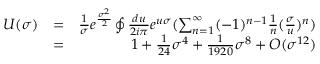
\begin{array} { r l r } { U ( \sigma ) } & { = } & { \frac { 1 } { \sigma } e ^ { \frac { \sigma ^ { 2 } } { 2 } } \oint \frac { d u } { 2 i \pi } e ^ { u \sigma } ( \sum _ { n = 1 } ^ { \infty } ( - 1 ) ^ { n - 1 } \frac { 1 } { n } ( \frac { \sigma } { u } ) ^ { n } ) } \\ & { = } & { 1 + \frac { 1 } { 2 4 } \sigma ^ { 4 } + \frac { 1 } { 1 9 2 0 } \sigma ^ { 8 } + O ( \sigma ^ { 1 2 } ) } \end{array}